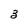
Character: 3